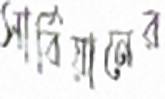
সার্বিয়ানের